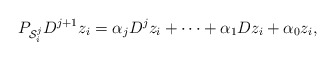
\begin{align*} P_{\mathcal{S}_i^j} D^{j+1} z_i & = \alpha_j D^j z_i + \cdots + \alpha_1 D z_i + \alpha_0 z_i,\end{align*}